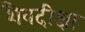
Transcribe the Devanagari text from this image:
शैवदीक्षा